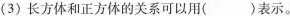
(3)长方体和正方体的关系可以用()表示。